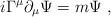
LaTeX: \begin{align*}i \Gamma^{\mu} \partial_{\mu} \Psi = m \Psi ~,\end{align*}